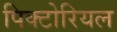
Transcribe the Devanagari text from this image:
पिक्टोरियल